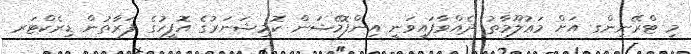
މި ޓްރޭނިންގ އަށް މަޢުލޫމާތު ދެއްވާފައިވަނީ އިންފޮމޭޝަން ކޮމިޝަނަރުގެ އޮފީހުގެ ފަރާތުން ޑިރެކްޓަރ